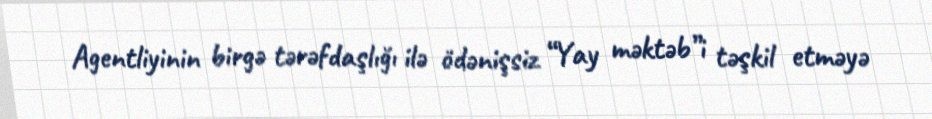
Agentliyinin birgə tərəfdaşlığı ilə ödənişsiz “Yay məktəb”i təşkil etməyə